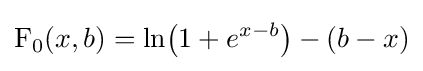
\operatorname {F} _{0}(x,b)=\ln \!{\big (}1+e^{x-b}{\big )}-(b-x)